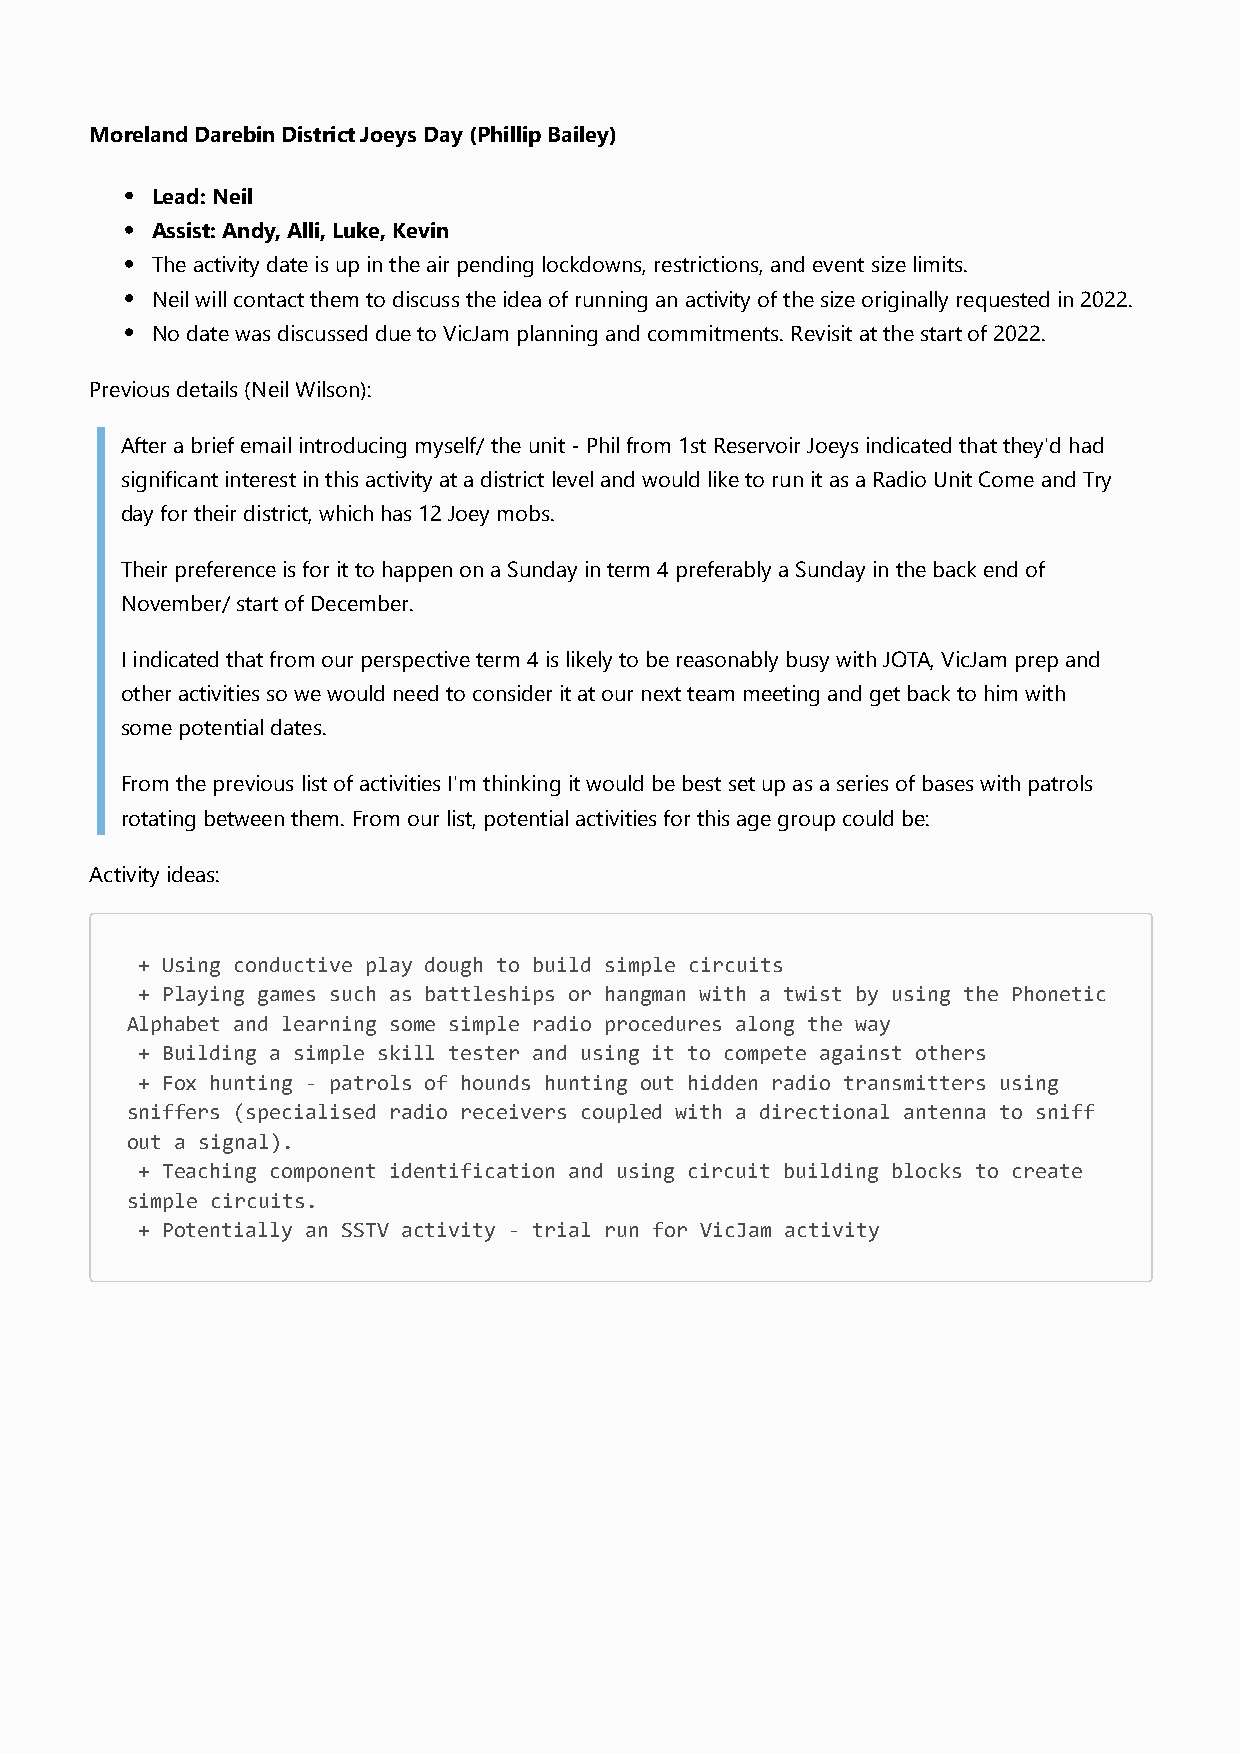
Moreland Darebin District Joeys Day (Phillip Bailey)
 Lead: Neil
 Assist: Andy, Alli, Luke, Kevin
 The activity date is up in the air pending lockdowns, restrictions, and event size limits.
 Neil will contact them to discuss the idea of running an activity of the size originally requested in 2022.
 No date was discussed due to VicJam planning and commitments. Revisit at the start of 2022.
 Previous details (Neil Wilson):
 After a brief email introducing myself/ the unit - Phil from 1st Reservoir Joeys indicated that they'd had
 significant interest in this activity at a district level and would like to run it as a Radio Unit Come and Try
 day for their district, which has 12 Joey mobs.
 Their preference is for it to happen on a Sunday in term 4 preferably a Sunday in the back end of
 November/ start of December.
 I indicated that from our perspective term 4 is likely to be reasonably busy with JOTA, VicJam prep and
 other activities so we would need to consider it at our next team meeting and get back to him with
 some potential dates.
 From the previous list of activities I'm thinking it would be best set up as a series of bases with patrols
 rotating between them. From our list, potential activities for this age group could be:
 Activity ideas:
 + Using conductive play dough to build simple circuits
 + Playing games such as battleships or hangman with a twist by using the Phonetic
 Alphabet and learning some simple radio procedures along the way
 + Building a simple skill tester and using it to compete against others
 + Fox hunting - patrols of hounds hunting out hidden radio transmitters using
 sniffers (specialised radio receivers coupled with a directional antenna to sniff
 out a signal).
 + Teaching component identification and using circuit building blocks to create
 simple circuits.
 + Potentially an SSTV activity - trial run for VicJam activity